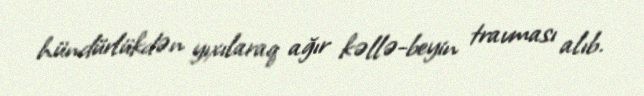
hündürlükdən yıxılaraq ağır kəllə-beyin travması alıb.